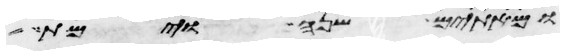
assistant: ומאתים שנה וימת